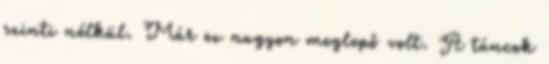
szinti nélkül. Már ez nagyon meglepő volt. A táncok